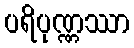
ပရိပုဏ္ဏဿာ